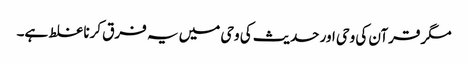
مگر قرآن کی وحی اور حدیث کی وحی میں یہ فرق کرنا غلط ہے۔